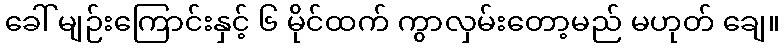
ခေါ် မျဉ်းကြောင်းနှင့် ၆ မိုင်ထက် ကွာလှမ်းတော့မည် မဟုတ် ချေ။